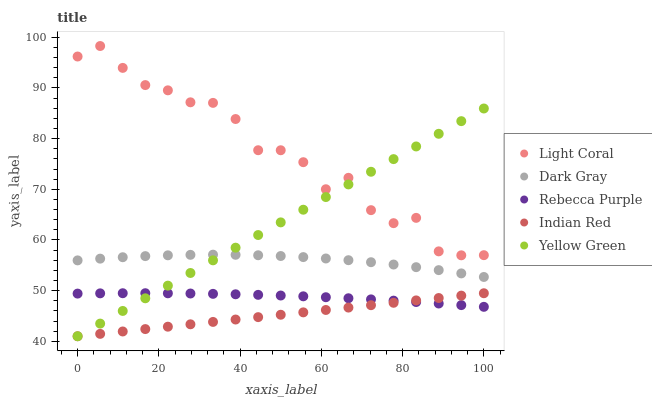
| xaxis_label | Light Coral | Dark Gray | Rebecca Purple | Indian Red | Yellow Green |
 | --- | --- | --- | --- | --- | --- |
 | 0 | 96.2 | 56 | 49.4 | 41 | 41 |
 | 5.56 | 98.3 | 56.3 | 49.5 | 41.5 | 43.5 |
 | 11.1 | 94 | 56.6 | 49.5 | 41.9 | 46 |
 | 16.7 | 90.6 | 56.8 | 49.5 | 42.4 | 48.5 |
 | 22.2 | 89.5 | 57 | 49.5 | 42.9 | 51 |
 | 27.8 | 87.2 | 57.1 | 49.4 | 43.4 | 53.5 |
 | 33.3 | 87.1 | 57.1 | 49.4 | 43.8 | 56 |
 | 38.9 | 83.9 | 57.1 | 49.3 | 44.3 | 58.5 |
 | 44.4 | 77.7 | 57 | 49.2 | 44.8 | 61 |
 | 50 | 77.7 | 56.8 | 49 | 45.2 | 63.5 |
 | 55.6 | 75.4 | 56.6 | 48.9 | 45.7 | 66 |
 | 61.1 | 70 | 56.3 | 48.7 | 46.2 | 68.5 |
 | 66.7 | 72.3 | 56 | 48.5 | 46.7 | 71 |
 | 72.2 | 65.9 | 55.6 | 48.3 | 47.1 | 73.5 |
 | 77.8 | 63.3 | 55.2 | 48 | 47.6 | 76 |
 | 83.3 | 64.4 | 54.6 | 47.8 | 48.1 | 78.5 |
 | 88.9 | 57.8 | 54 | 47.5 | 48.5 | 81 |
 | 94.4 | 57 | 53.4 | 47.1 | 49 | 83.5 |
 | 100 | 57 | 52.7 | 46.8 | 49.5 | 85.9 |